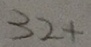
3 2 +